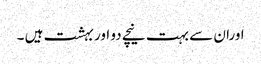
اوران سے بہت نیچے دو اور بہشت ہیں ۔